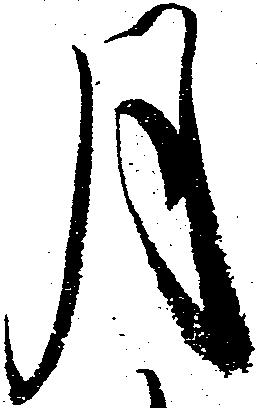
月